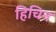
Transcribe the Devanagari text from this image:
हिचिन